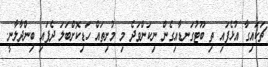
ޗަކައިގާ އުޅެފައި ތި ބޫޓުގަނޑާއިގެން ނިކަންވަދެ މި މުށިތައް ހަޑިކޮށްބަލަ ދެފައި ބިންދާލާނީ.